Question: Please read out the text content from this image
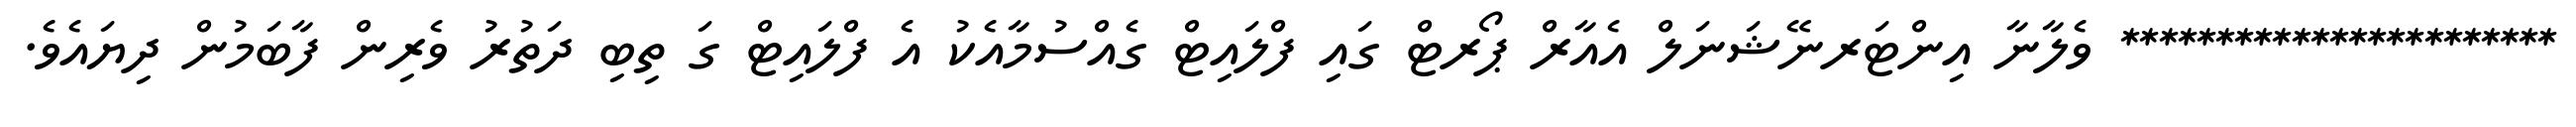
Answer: *********************** ވެލާނާ އިންޓަރނޭޝަނަލް އެއާރް ޕޯރޓް ގައި ފްލައިޓް ގެއްސުމާއެކު އެ ފްލައިޓް ގަ ތިބި ދަތުރު ވެރިން ފާބަމުން ދިޔައެވެ.